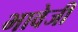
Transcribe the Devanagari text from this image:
भावेजी